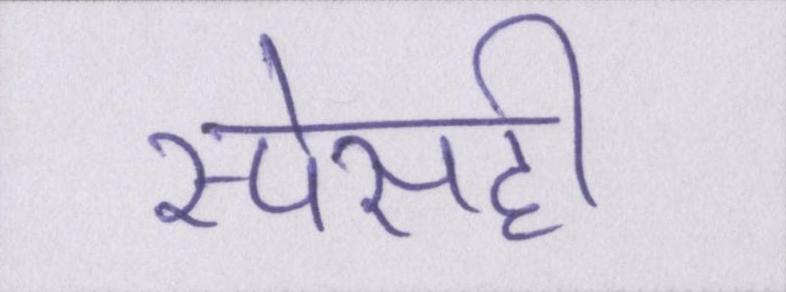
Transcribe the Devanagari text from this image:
स्पेसही